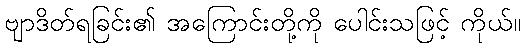
ဗျာဒိတ်ရခြင်း၏ အကြောင်းတို့ကို ပေါင်းသဖြင့် ကိုယ်။